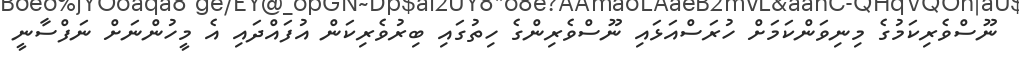
ނޫސްވެރިކަމުގެ މިނިވަންކަމަށް ހުރަސްއަޅައި ނޫސްވެރިންގެ ހިތުގައި ބިރުވެރިކަން އުފައްދައި އެ މީހުންނަށް ނަފްސާނީ